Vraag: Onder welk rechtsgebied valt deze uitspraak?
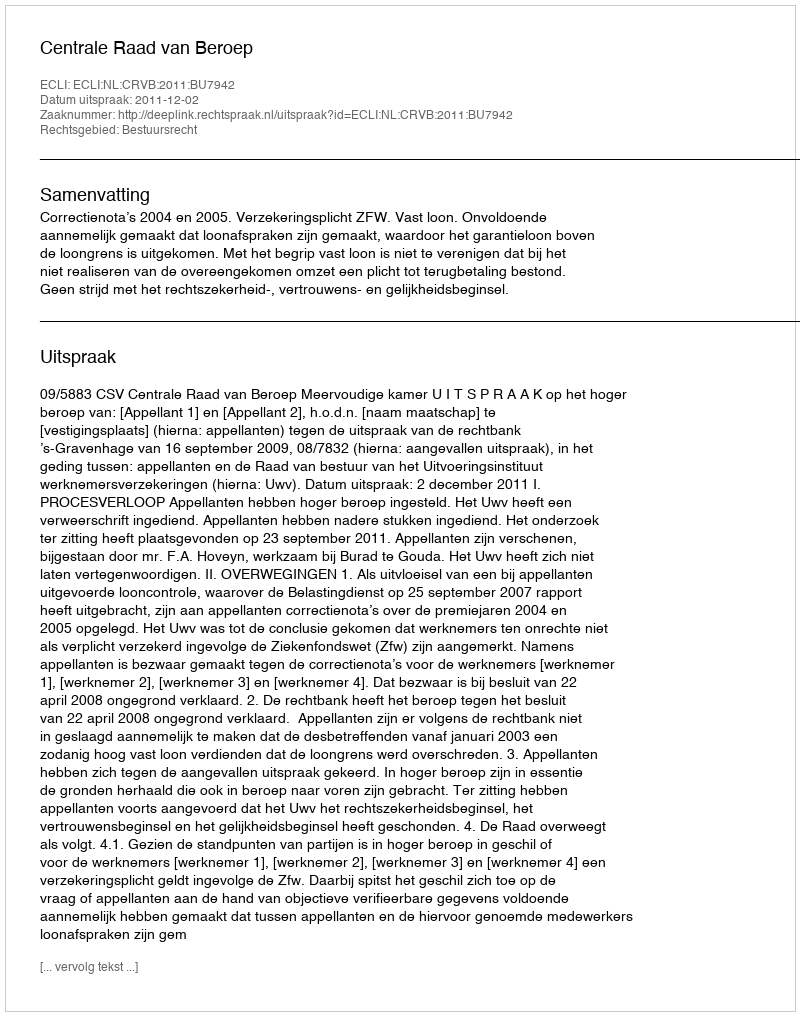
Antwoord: Bestuursrecht